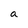
Character: a